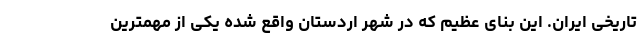
تاریخی ایران. این بنای عظیم که در شهر اردستان واقع شده یکی از مهمترین